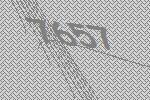
7657